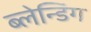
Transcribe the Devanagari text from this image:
ब्लेन्डिंग